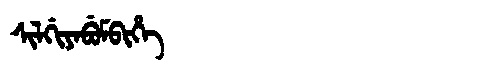
Manchu: ᠰᡳᠯᡤᡳᠶᠠᠪᡠᠮᠪᡳᡥᡝ
Romanization: SILGIYABUMBIHE